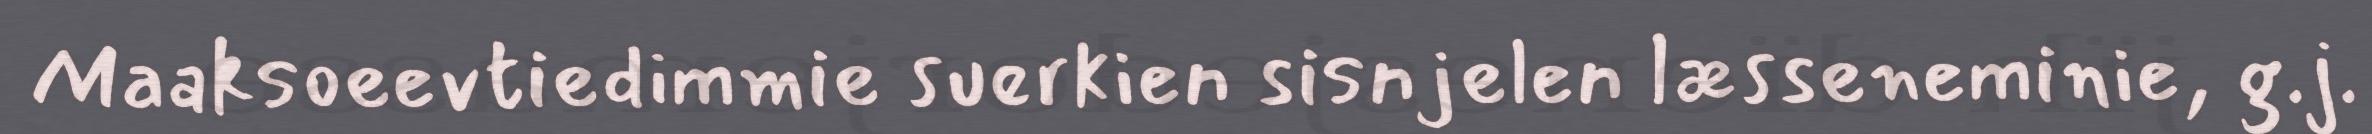
Maaksoeevtiedimmie suerkien sisnjelen læsseneminie, g.j.